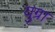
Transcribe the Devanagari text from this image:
युग्रा